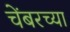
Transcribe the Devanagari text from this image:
चेंबरच्या